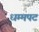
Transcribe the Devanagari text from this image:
धम्मपट